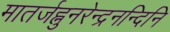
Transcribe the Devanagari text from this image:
मातर्जह्नुनरेन्द्रनन्दिनि